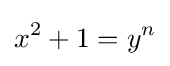
x^{2}+1=y^{n}